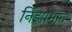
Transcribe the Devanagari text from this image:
निझामांत